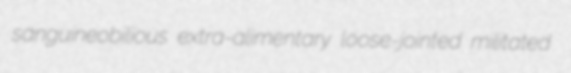
sanguineobilious extra-alimentary loose-jointed militated